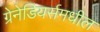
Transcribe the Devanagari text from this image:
ग्रेनेडियर्समधील